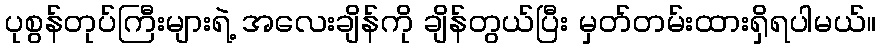
ပုစွန်တုပ်ကြီးများရဲ့ အလေးချိန်ကို ချိန်တွယ်ပြီး မှတ်တမ်းထားရှိရပါမယ်။